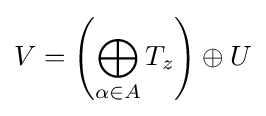
V=\left(\bigoplus _{\alpha \in A}T_{z}\right)\oplus U